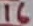
Text: 16